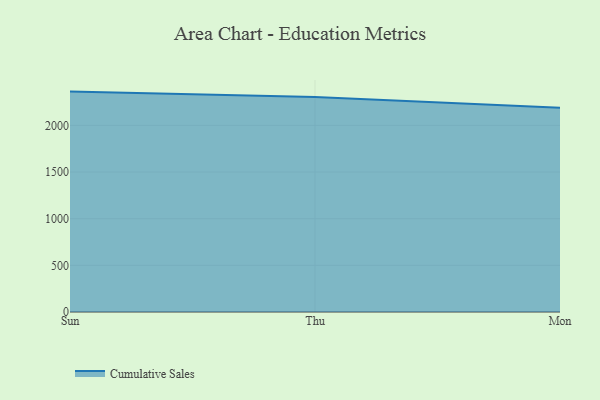
{"axis": {"x": "Day", "y": "Bounce Rate (%)"}, "legend": ["Cumulative Sales"], "data": [{"x": "Sun", "y": 2362.0, "type": "Cumulative Sales"}, {"x": "Thu", "y": 2304.7, "type": "Cumulative Sales"}, {"x": "Mon", "y": 2188.1, "type": "Cumulative Sales"}]}